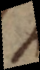
s